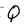
Character: Q